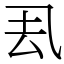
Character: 厾